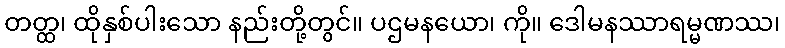
တတ္ထ၊ ထိုနှစ်ပါးသော နည်းတို့တွင်။ ပဌမနယော၊ ကို။ ဒေါမနဿာရမ္မဏဿ၊